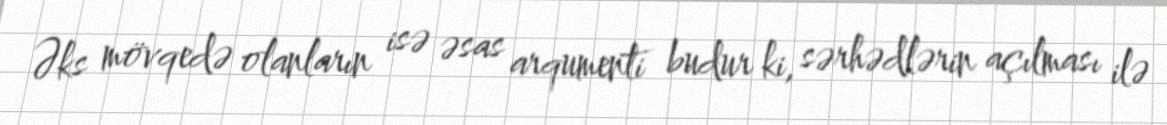
Əks mövqedə olanların isə əsas arqumenti budur ki, sərhədlərin açılması ilə